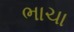
ભાચા